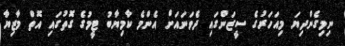
ނިމިގެންދިޔަ މިއަހަރުގެ ސީޒަންގައި ދެވަނައަށް އެންމެ ކާމިޔާބު ޓީމުގެ ގޮތުގައި އޮތް މާޒިޔާ